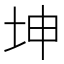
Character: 坤